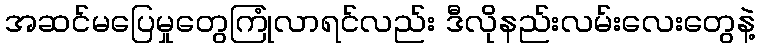
အဆင်မပြေမှုတွေကြုံလာရင်လည်း ဒီလိုနည်းလမ်းလေးတွေနဲ့